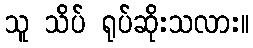
သူ သိပ် ရုပ်ဆိုးသလား။